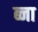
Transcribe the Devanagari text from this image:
ब्ना